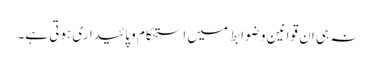
نہ ہی ان قوانین و ضوابط میں استحکام و پائیداری ہوتی ہے۔